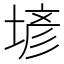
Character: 𡎑